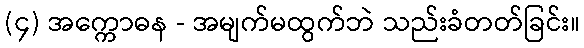
(၄) အက္ကောဓန - အမျက်မထွက်ဘဲ သည်းခံတတ်ခြင်း။